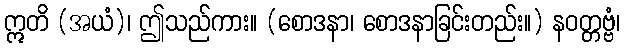
ဣတိ (အယံ)၊ ဤသည်ကား။ (စောဒနာ၊ စောဒနာခြင်းတည်း။) နဝတ္တဗ္ဗံ၊